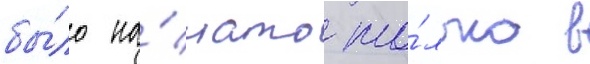
бы́ло на́чато то́лько в